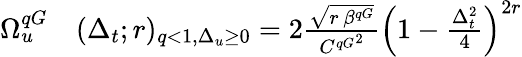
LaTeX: \begin{array}{rl}{\Omega_{u}^{qG}}&{{}(\Delta_{t};r)_{q<1,\Delta_{u}\ge 0}=2\frac{\sqrt{r\, \beta^{qG}}}{{C^{qG}}^{2}}\left(1-\frac{\Delta_{t}^{2}}{4}\right)^{2r}}\end{array}